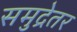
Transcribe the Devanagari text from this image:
समुद्रेतर